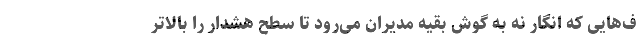
ف‌هایی که انگار نه به‌ گوش بقیه مدیران می‌رود تا سطح هشدار را بالاتر